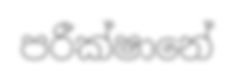
පරීක්ෂානේ